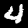
Digit: 4